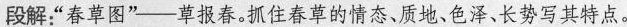
段解.“春草图”草报春。抓住春些的情态、质地、色泽、长势写其特点.